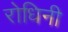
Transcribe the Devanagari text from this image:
रोधिनी